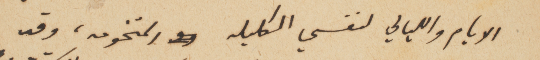
الايام والليالي لنفسي الكليله المتخومه، وقد